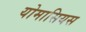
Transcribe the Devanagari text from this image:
योमासियस